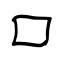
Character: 口